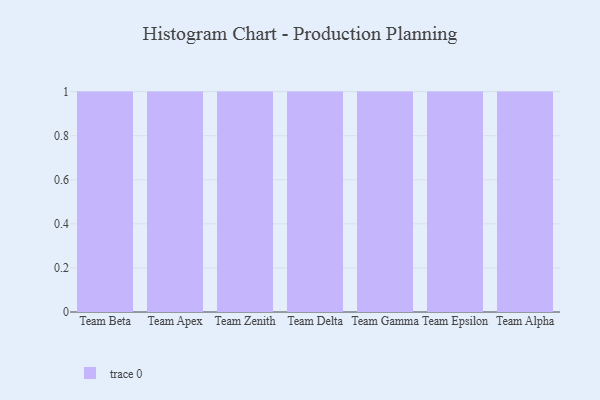
{"axis": {"x": "Team", "y": "Satisfaction Score"}, "legend": [""], "data": [{"x": "Team Beta", "y": 66, "type": ""}, {"x": "Team Apex", "y": 9, "type": ""}, {"x": "Team Zenith", "y": 92, "type": ""}, {"x": "Team Delta", "y": 60, "type": ""}, {"x": "Team Gamma", "y": 66, "type": ""}, {"x": "Team Epsilon", "y": 40, "type": ""}, {"x": "Team Alpha", "y": 16, "type": ""}]}